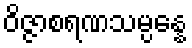
ဝိဇ္ဇာစရဏသမ္ပန္နေ